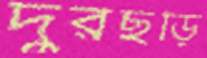
দুরছড়ি